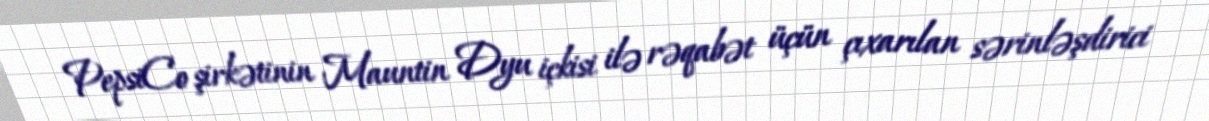
PepsiCo şirkətinin Mauntin Dyu içkisi ilə rəqabət üçün çıxarılan sərinləşdirici